Insane asylums in Bengal annual reports 1876-1887 - 1876-1887
Year: 1876
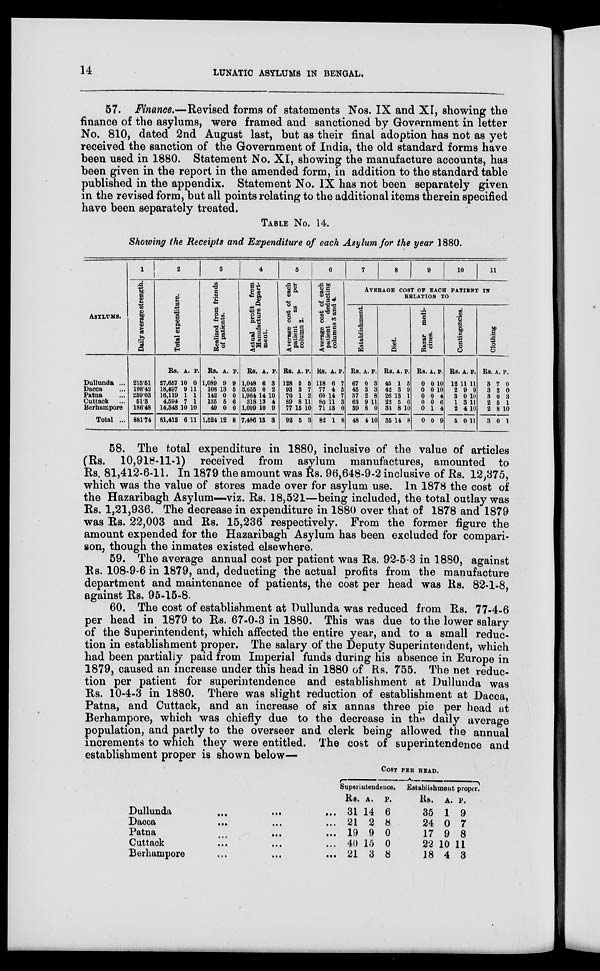
14
LUNATIC ASYLUMS IN BENGAL.
57. Finance.—Revised forms of statements Nos. IX and XI, showing the
finance of the asylums, were framed and sanctioned by Government in letter
No. 810, dated 2nd August last, but as their final adoption has not as yet
received the sanction of the Government of India, the old standard forms have
been used in 1880. Statement No. XI, showing the manufacture accounts, has
been given in the report in the amended form, in addition to the standard table
published in the appendix. Statement No. IX has not been separately given
in the revised form, but all points relating to the additional items therein specified
have been separately treated.
TABLE NO. 14.
Showing the Receipts and Expenditure of each Asylum for the year 1880.
ASYLUMS.
Dullunda ...
Dacca ...
Patna ...
Cuttack ...
Berhampore
Total ...
1
Daily average strength.
215.51
198.42
280.03
51.8
186.48
881.74
2
Total expenditure.
Rs.
27,667
18,497
16,119
4,594
14,648
81,412
A.
10
9
1
7
10
6
P.
0
11
1
1
10
11
3
Realized from friends
of patients.
Rs.
1,089
108
142
135
49
1,524
A.
9
13
0
5
0
12
P.
9
6
0
6
0
8
4
Actual profit from
Manufacture Depart-
ment.
Rs.
1,048
3,055
1,964
318
1,099
7,486
A.
6
0
14
13
10
13
P.
3
2
10
4
9
3
5
Average cost of each
patient as
per
column 2.
Rs.
128
93
70
89
77
92
A.
6
3
1
8
15
5
P.
5
7
2
11
10
3
6
Average cost of each
patient
deducting
columns 3 and 4.
Rs.
118
77
60
80
71
82
A.
6
4
14
11
13
1
P.
7
5
7
3
0
8
7
8
9
10
11
AVERAGE COST OF EACH PATIENT IN
RELATION TO
Establishment.
Rs.
67
45
37
63
39
48
A.
0
3
2
9
8
4
P.
3
3
8
11
0
10
Diet.
Rs.
45
42
26
22
33
35
A.
1
3
13
5
8
14
P.
5
9
1
6
10
8
Bazar medi-
cines.
Rs.
0
0
0
0
0
0
A.
0
0
0
0
1
0
P.
10
10
4
6
4
9
Contingencies.
Rs.
12
2
3
1
2
5
A.
11
9
0
3
4
0
P.
11
9
10
11
10
11
Clothing
Rs.
3
3
3
2
2
3
A.
7
2
0
5
8
0
P.
0
0
3
1
10
1
58. The total expenditure in 1880, inclusive of the value of articles
(Rs. 10,918-11-1) received from asylum manufactures, amounted to
Rs. 81,412-6-11. In 1879 the amount was Rs. 96,648-9-2 inclusive of Rs. 12,375,
which was the value of stores made over for asylum use. In 1878 the cost of
the Hazaribagh Asylum—viz. Rs. 18,521—being included, the total outlay was
Rs. 1,21,936. The decrease in expenditure in 1880 over that of 1878 and 1879
was Rs. 22,003 and Rs. 15,236 respectively. From the former figure the
amount expended for the Hazaribagh Asylum has been excluded for compari-
son, though the inmates existed elsewhere.
59. The average annual cost per patient was Rs. 92-5-3 in 1880, against
Rs. 108-9-6 in 1879, and, deducting the actual profits from the manufacture
department and maintenance of patients, the cost per head was Rs. 82-1-8,
against Rs. 95-15-8.
60. The cost of establishment at Dullunda was reduced from Rs. 77-4-6
per head in 1879 to Rs. 67-0-3 in 1880. This was due to the lower salary
of the Superintendent, which affected the entire year, and to a small reduc-
tion in establishment proper. The salary of the Deputy Superintendent, which
had been partially paid from Imperial funds during his absence in Europe in
1879, caused an increase under this head in 1880 of Rs. 755. The net reduc-
tion per patient for superintendence and establishment at Dullunda was
Rs. 10-4-3 in 1880. There was slight reduction of establishment at Dacca,
Patna, and Cuttack, and an increase of six annas three pie per head at
Berhampore, which was chiefly due to the decrease in the daily average
population, and partly to the overseer and clerk being allowed the annual
increments to which they were entitled. The cost of superintendence and
establishment proper is shown below—
Dullunda ... ... ...
Dacca
...
...
...
Patna ... ... ...
Cuttack ... ... ...
Berhampore ... ... ...
COST PER HEAD.
Superintendence.
Rs.
31
21
19
40
21
A.
14
2
9
15
3
P.
6
8
0
0
8
Establishment proper.
RS.
35
24
17
22
18
A.
1
0
9
10
4
P.
9
7
8
11
3